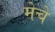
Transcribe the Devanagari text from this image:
मेचे